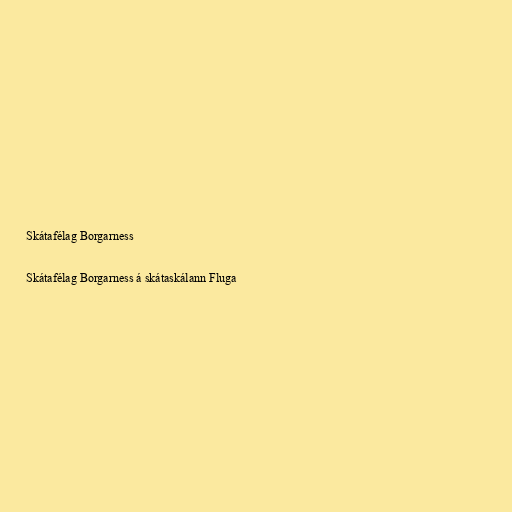
Skátafélag Borgarness

Skátafélag Borgarness á skátaskálann Fluga